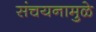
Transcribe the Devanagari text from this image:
संचयनामुळे